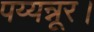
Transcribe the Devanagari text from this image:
पय्यन्नूर।